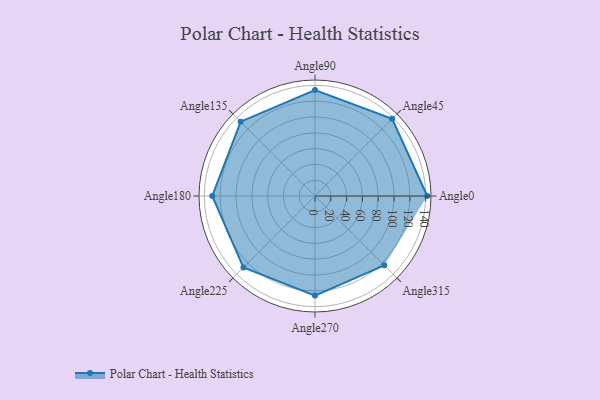
{"axis": {"x": "Angle", "y": "Radius"}, "legend": [""], "data": [{"x": "Angle0", "y": 142.0, "type": ""}, {"x": "Angle45", "y": 138.0, "type": ""}, {"x": "Angle90", "y": 134.0, "type": ""}, {"x": "Angle135", "y": 133.0, "type": ""}, {"x": "Angle180", "y": 130.0, "type": ""}, {"x": "Angle225", "y": 128.0, "type": ""}, {"x": "Angle270", "y": 126.0, "type": ""}, {"x": "Angle315", "y": 124.0, "type": ""}]}